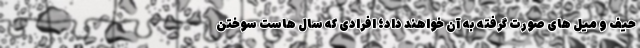
حیف و میل های صورت گرفته به آن خواهند داد؛ افرادی که سال هاست سوختن